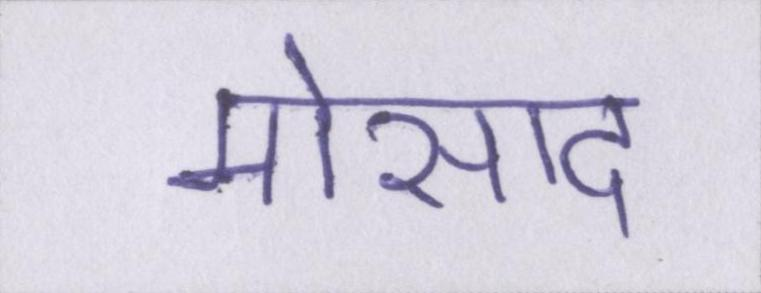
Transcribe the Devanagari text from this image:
मोसाद